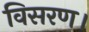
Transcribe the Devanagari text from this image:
विसरण।